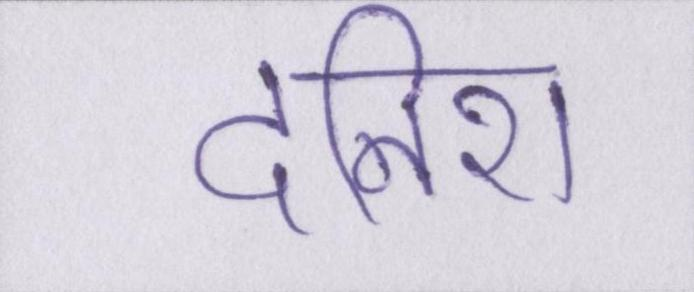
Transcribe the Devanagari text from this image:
दनिश